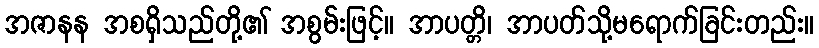
အဇာနန အစရှိသည်တို့၏ အစွမ်းဖြင့်။ အာပတ္တိ၊ အာပတ်သို့မရောက်ခြင်းတည်း။